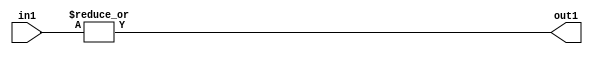
`timescale 1ps / 1ps
/*****************************************************************************
    Verilog RTL Description
    
    
    Created by: Stratus DpOpt 21.05.01 
*******************************************************************************/

module SobelFilter_OrReduction_6U_1U_1 (
	in1,
	out1
	); /* architecture "behavioural" */ 
input [5:0] in1;
output  out1;
wire  asc001;

assign asc001 = 
	(|in1);

assign out1 = asc001;
endmodule

/* CADENCE  urfxSAE= : u9/ySxbfrwZIxEzHVQQV8Q== ** DO NOT EDIT THIS LINE ******/